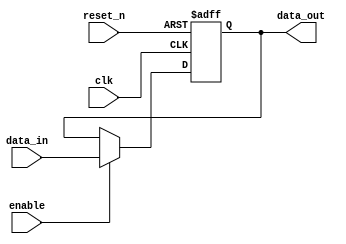
module output_register #(
    parameter DATA_WIDTH = 8 // Parameter for data width
) (
    input wire clk,            // Clock input
    input wire reset_n,       // Asynchronous active-low reset
    input wire enable,        // Enable signal
    input wire [DATA_WIDTH-1:0] data_in, // Data input
    output reg [DATA_WIDTH-1:0] data_out // Output register
);

// Asynchronous reset
always @(posedge clk or negedge reset_n) begin
    if (!reset_n) begin
        data_out <= {DATA_WIDTH{1'b0}}; // Clear output to 0
    end else if (enable) begin
        data_out <= data_in; // Update output with data input
    end
    // If enable is low, data_out retains its value
end

endmodule